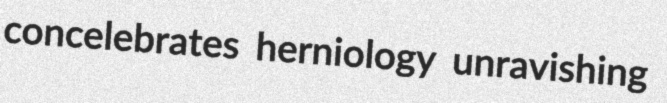
concelebrates herniology unravishing